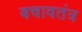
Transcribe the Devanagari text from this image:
बचावतंत्र